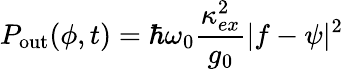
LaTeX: P_{\mathrm{out}}(\phi,t)=\hbar\omega_{0}\frac{\kappa_{ex}^{2}}{g_{0}}|f-\psi|^{2}